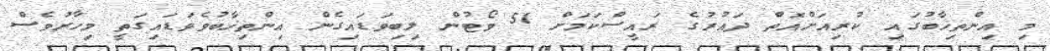
މި އިންތިޚާބުގައި ކުރިއަށްއޮތް ދައުރުގެ ރައީސްކަމަށް 51 ވޯޓުން ލިބިވަޑައިގެން އިންތިޚާބުވެވަޑައިގަތީ މިހާރުވެސް